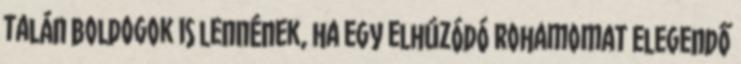
talán boldogok is lennének, ha egy elhúzódó rohamomat elegendő